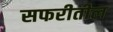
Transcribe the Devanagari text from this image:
सफरीतील